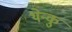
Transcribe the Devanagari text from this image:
थेन्कु